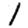
Digit: 1